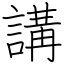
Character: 講